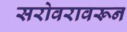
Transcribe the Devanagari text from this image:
सरोवरावरून